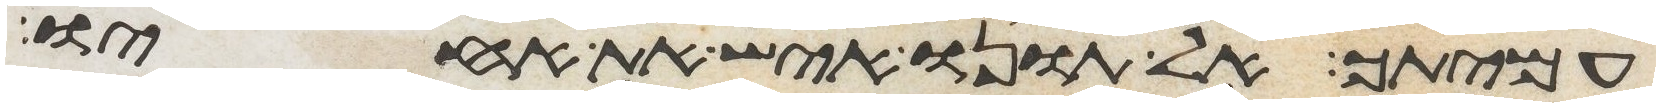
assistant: עמיתך אל תונו איש את אחיו